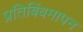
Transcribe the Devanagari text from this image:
प्रतिबिंबमापन